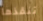
تنقذها